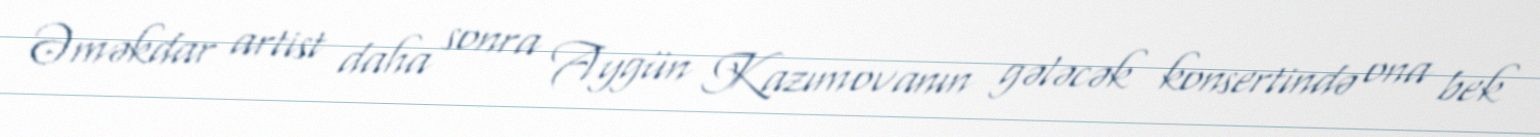
Əməkdar artist daha sonra Aygün Kazımovanın gələcək konsertində ona bek